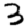
Digit: 3